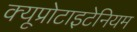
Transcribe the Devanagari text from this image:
क्यूप्रोटाइटेनियम